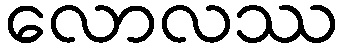
လောလဿ